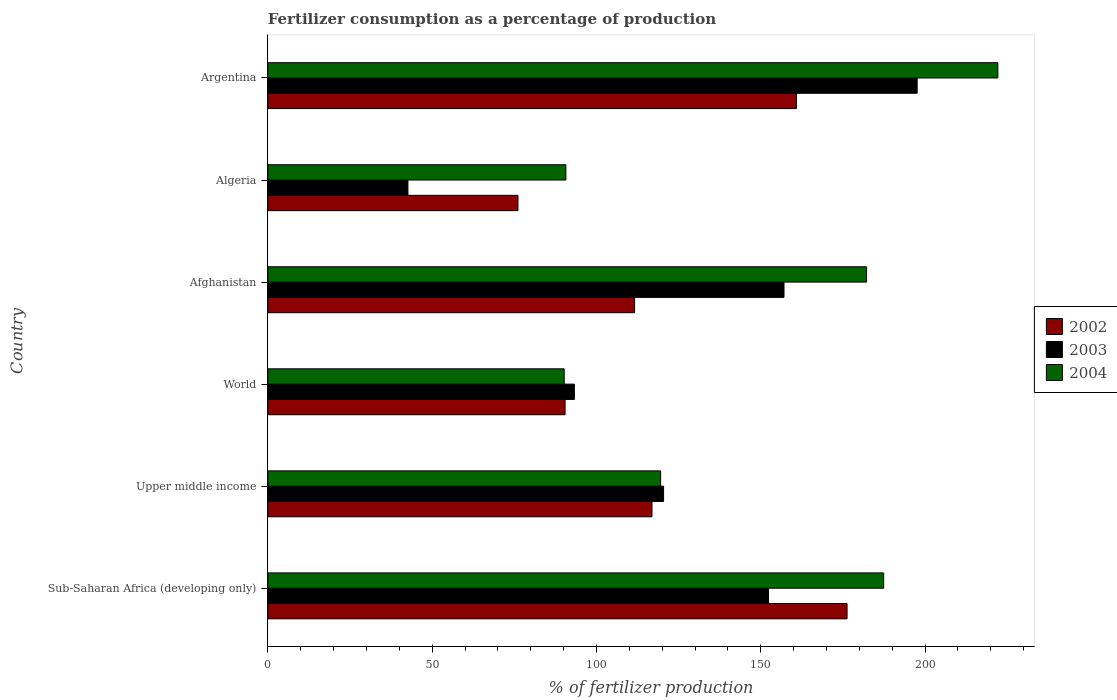
| Country | 2002 | 2003 | 2004 |
 | --- | --- | --- | --- |
 | Sub-Saharan Africa (developing only) | 176 | 152 | 187 |
 | Upper middle income | 117 | 120 | 120 |
 | World | 90.4 | 93.3 | 90.2 |
 | Afghanistan | 112 | 157 | 182 |
 | Algeria | 76.1 | 42.6 | 90.7 |
 | Argentina | 161 | 198 | 222 |